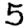
Digit: 5